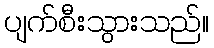
ပျက်စီးသွားသည်။